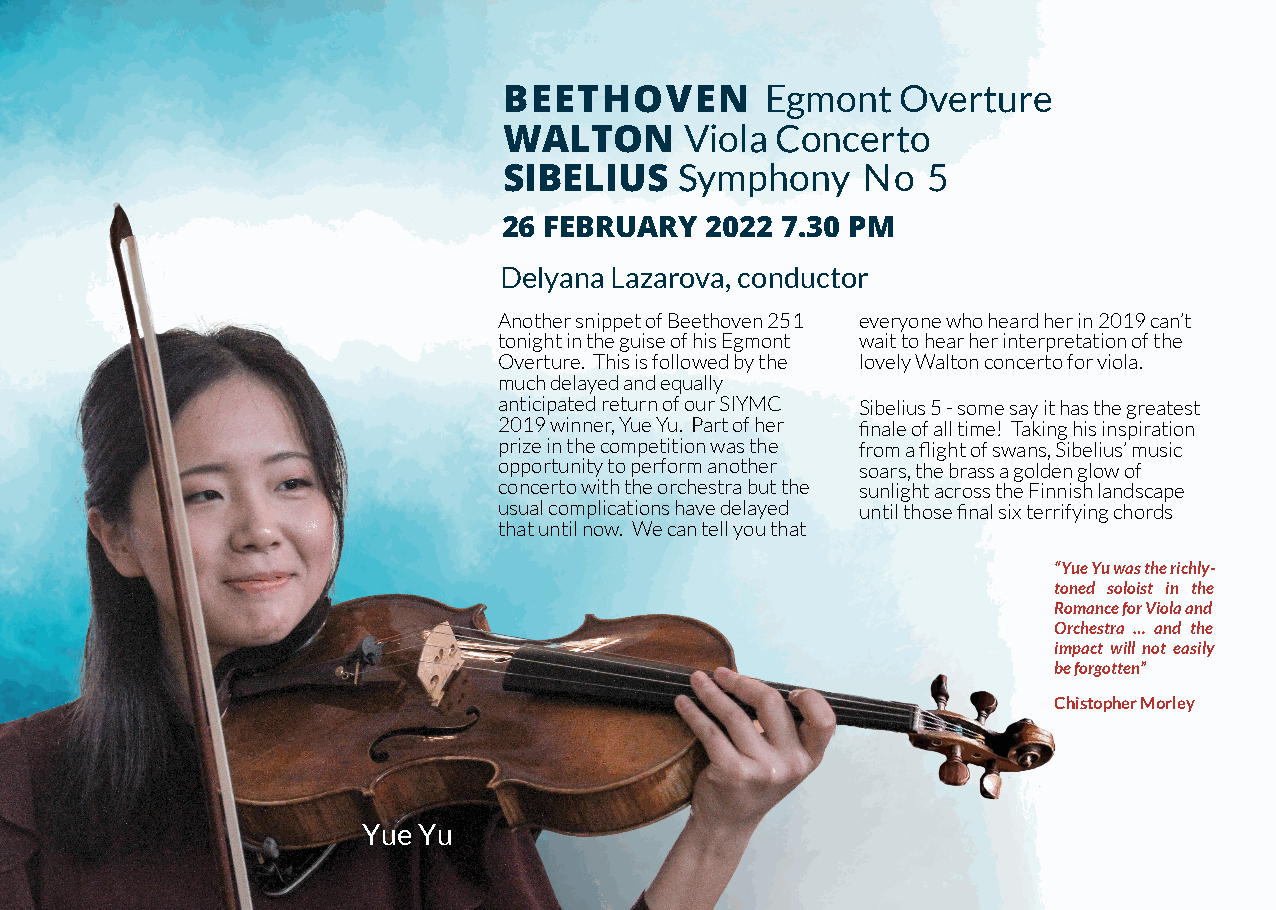
BEETHOVEN         Egmont   Overture
 WALTON      Viola Concerto
 SIBELIUS    Symphony    No  5
 26 FEBRUARY   2022 7.30 PM
 DelyanaLazarova,conductor
 AnothersnippetofBeethoven251 everyonewhoheardherin2019can’t
 tonightintheguiseofhisEgmont waittohearherinterpretationofthe
 Overture. Thisisfollowedbythe lovelyWaltonconcertoforviola.
 muchdelayedandequally
 anticipatedreturnofourSIYMC Sibelius5-somesayithasthegreatest
 2019winner,YueYu. Partofher finaleofalltime! Takinghisinspiration
 prizeinthecompetitionwasthe fromaflightofswans,Sibelius’music
 opportunitytoperformanother soars,thebrassagoldenglowof
 concertowiththeorchestrabutthe sunlightacrosstheFinnishlandscape
 usualcomplicationshavedelayed untilthosefinalsixterrifyingchords
 thatuntilnow. Wecantellyouthat
 “YueYuwastherichly-
 toned soloist in the
 RomanceforViolaand
 Orchestra … and the
 impact will not easily
 beforgotten”
 ChistopherMorley
 YueYu